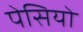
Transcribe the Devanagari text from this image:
पेसियो